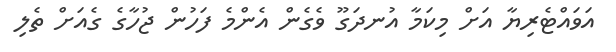
އަވައްޓެރިޔާ އަށް މިކަމާ އުނދަގޫ ވެގެން އެންމެ ފަހުން ޖުހާގެ ގެއަށް ތެލި